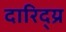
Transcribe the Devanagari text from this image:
दारिद्य्र